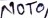
Text: NOT0